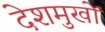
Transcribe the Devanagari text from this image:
देशमुखों